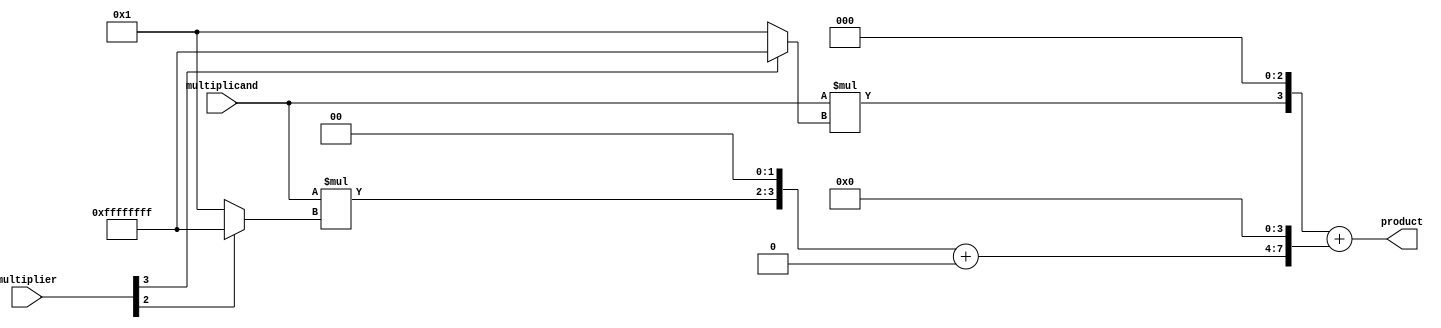
module booth_multiplier(
    input wire [3:0] multiplicand,
    input wire [3:0] multiplier,
    output reg [7:0] product
);

// Define signals
wire [7:0] partial_products [3:0];
wire [7:0] final_product;

// Generate partial products
generate
    genvar i;
    for (i = 0; i < 4; i = i + 1) begin : partial_product_gen
        assign partial_products[i] = multiplicand * (multiplier[i] ? -1 : 1) << i;
    end
endgenerate

// Perform Wallace tree addition
wire [11:0] wallace_tree_outputs [2:0];
wire [11:0] wallace_tree_final_output;
wire [4:0] adder_inputs [2:0];

// Implement Wallace tree adder
generate
    genvar j;
    for (j = 0; j < 3; j = j + 1) begin : wallace_tree_adder
        assign adder_inputs[j] = {partial_products[j][3:0], partial_products[j+1][3:0]};
        assign wallace_tree_outputs[j] = adder_inputs[j] + (j == 0 ? 0 : wallace_tree_outputs[j-1] << 4);
    end
endgenerate

// Output final product
assign wallace_tree_final_output = wallace_tree_outputs[2];
always @* begin
    product = wallace_tree_final_output[7:0];
end

endmodule